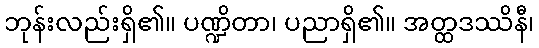
ဘုန်းလည်းရှိ၏။ ပဏ္ဍိတာ၊ ပညာရှိ၏။ အတ္ထဒဿိနီ၊